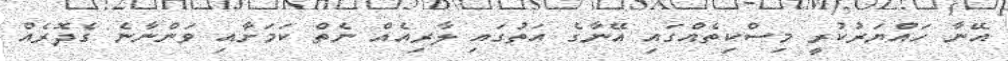
އޭނާ ހައްޔަރުކުރީ މިސްކިތެއްގައި އޭނާގެ އަތުގައި ލާރިއެއް ނެތް ކަަމަށާއި ވަންނާނެ ގެދޮރެއް